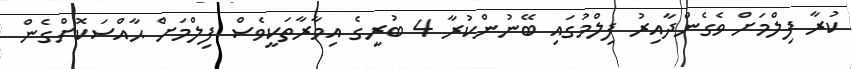
ކުރާ ފިލްމަށް ވެގެންދާއިރު ފިލްމުގައި ބޭނުންކުރާ 4 ބުރީގެ އިމާރާތަކީވެސް ފިލްމަށް ޙާއްސަކޮށްގެން